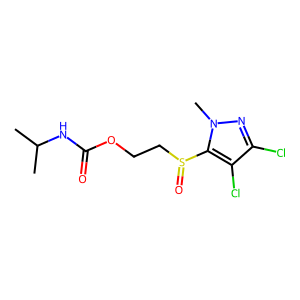
SMILES: CC(C)NC(=O)OCCS(=O)c1c(Cl)c(Cl)nn1C
Inhibits HIV replication: No